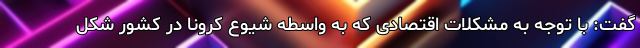
گفت: با توجه به مشکلات اقتصادی که به واسطه شیوع کرونا در کشور شکل